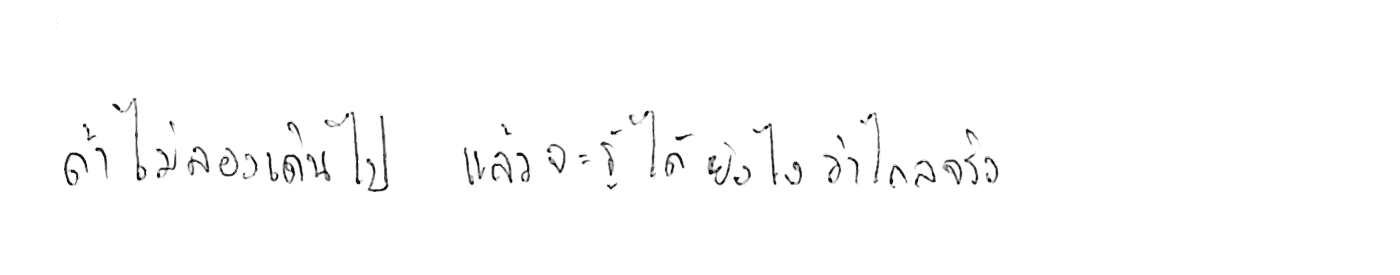
ถ้าไม่ลองเดินไป แล้วจะรู้ได้ยังไงว่าไกลจริง